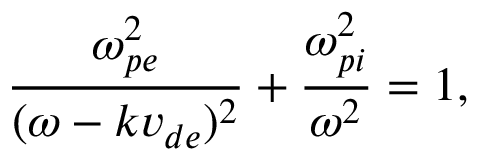
\frac { \omega _ { p e } ^ { 2 } } { ( \omega - k v _ { d e } ) ^ { 2 } } + \frac { \omega _ { p i } ^ { 2 } } { \omega ^ { 2 } } = 1 ,